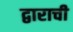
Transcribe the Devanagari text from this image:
द्वाराची